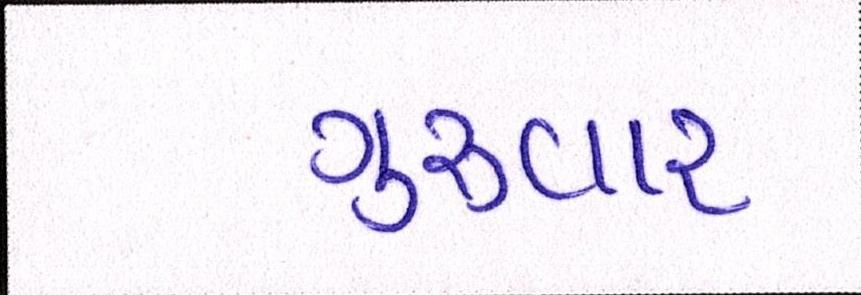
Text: ગુરુવાર